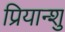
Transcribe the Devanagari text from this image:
प्रियान्शु